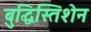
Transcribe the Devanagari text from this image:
बुद्धिस्तिशेन